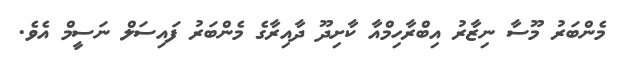
މެންބަރު މޫސާ ނިޒާރު އިބްރާހިމްއާ ކާށިދޫ ދާއިރާގެ މެންބަރު ފައިސަލް ނަސީމް އެވެ.